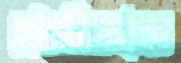
বোটেরগাঁজিবারগঠ্খাদ্যো